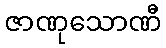
ဇာဏုသောဏီ